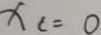
x _ { c } = 0